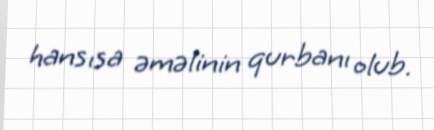
hansısa əməlinin qurbanı olub.